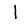
Digit: 1